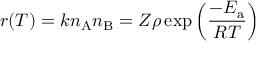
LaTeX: r ( T ) = k n _ { \mathrm { A } } n _ { \mathrm { B } } = Z \rho \exp \left( { \frac { - E _ { \mathrm { a } } } { R T } } \right)